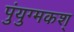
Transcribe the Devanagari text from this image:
पुंयुग्मकश्